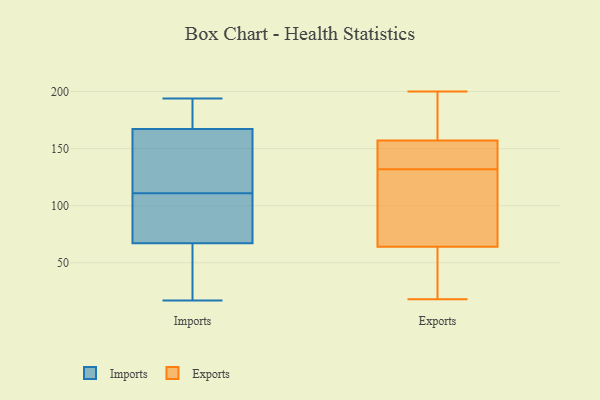
{"axis": {"x": "LTV (USD)", "y": "Value"}, "legend": ["Exports", "Imports"], "data": [{"x": "", "y": 131, "type": "Imports"}, {"x": "", "y": 54, "type": "Imports"}, {"x": "", "y": 100, "type": "Imports"}, {"x": "", "y": 17, "type": "Imports"}, {"x": "", "y": 183, "type": "Imports"}, {"x": "", "y": 171, "type": "Imports"}, {"x": "", "y": 173, "type": "Imports"}, {"x": "", "y": 136, "type": "Imports"}, {"x": "", "y": 29, "type": "Imports"}, {"x": "", "y": 194, "type": "Imports"}, {"x": "", "y": 166, "type": "Imports"}, {"x": "", "y": 157, "type": "Imports"}, {"x": "", "y": 67, "type": "Imports"}, {"x": "", "y": 79, "type": "Imports"}, {"x": "", "y": 102, "type": "Imports"}, {"x": "", "y": 111, "type": "Imports"}, {"x": "", "y": 67, "type": "Imports"}, {"x": "", "y": 158, "type": "Exports"}, {"x": "", "y": 152, "type": "Exports"}, {"x": "", "y": 155, "type": "Exports"}, {"x": "", "y": 183, "type": "Exports"}, {"x": "", "y": 25, "type": "Exports"}, {"x": "", "y": 22, "type": "Exports"}, {"x": "", "y": 132, "type": "Exports"}, {"x": "", "y": 141, "type": "Exports"}, {"x": "", "y": 189, "type": "Exports"}, {"x": "", "y": 108, "type": "Exports"}, {"x": "", "y": 129, "type": "Exports"}, {"x": "", "y": 18, "type": "Exports"}, {"x": "", "y": 54, "type": "Exports"}, {"x": "", "y": 94, "type": "Exports"}, {"x": "", "y": 200, "type": "Exports"}]}